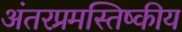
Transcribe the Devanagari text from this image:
अंतरप्रमस्तिष्‍कीय